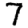
Digit: 7